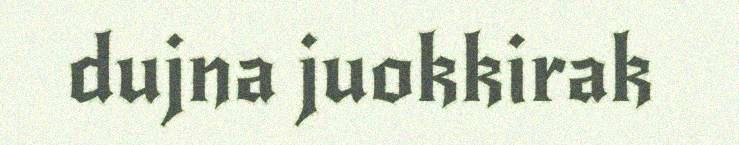
dujna juokkirak